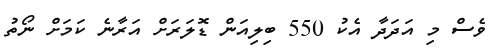
ވެސް މި އަދަދާ އެކު 550 ބިލިއަން ޑޮލަރަށް އަރާނެ ކަމަށް ނޯތު